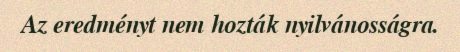
Az eredményt nem hozták nyilvánosságra.